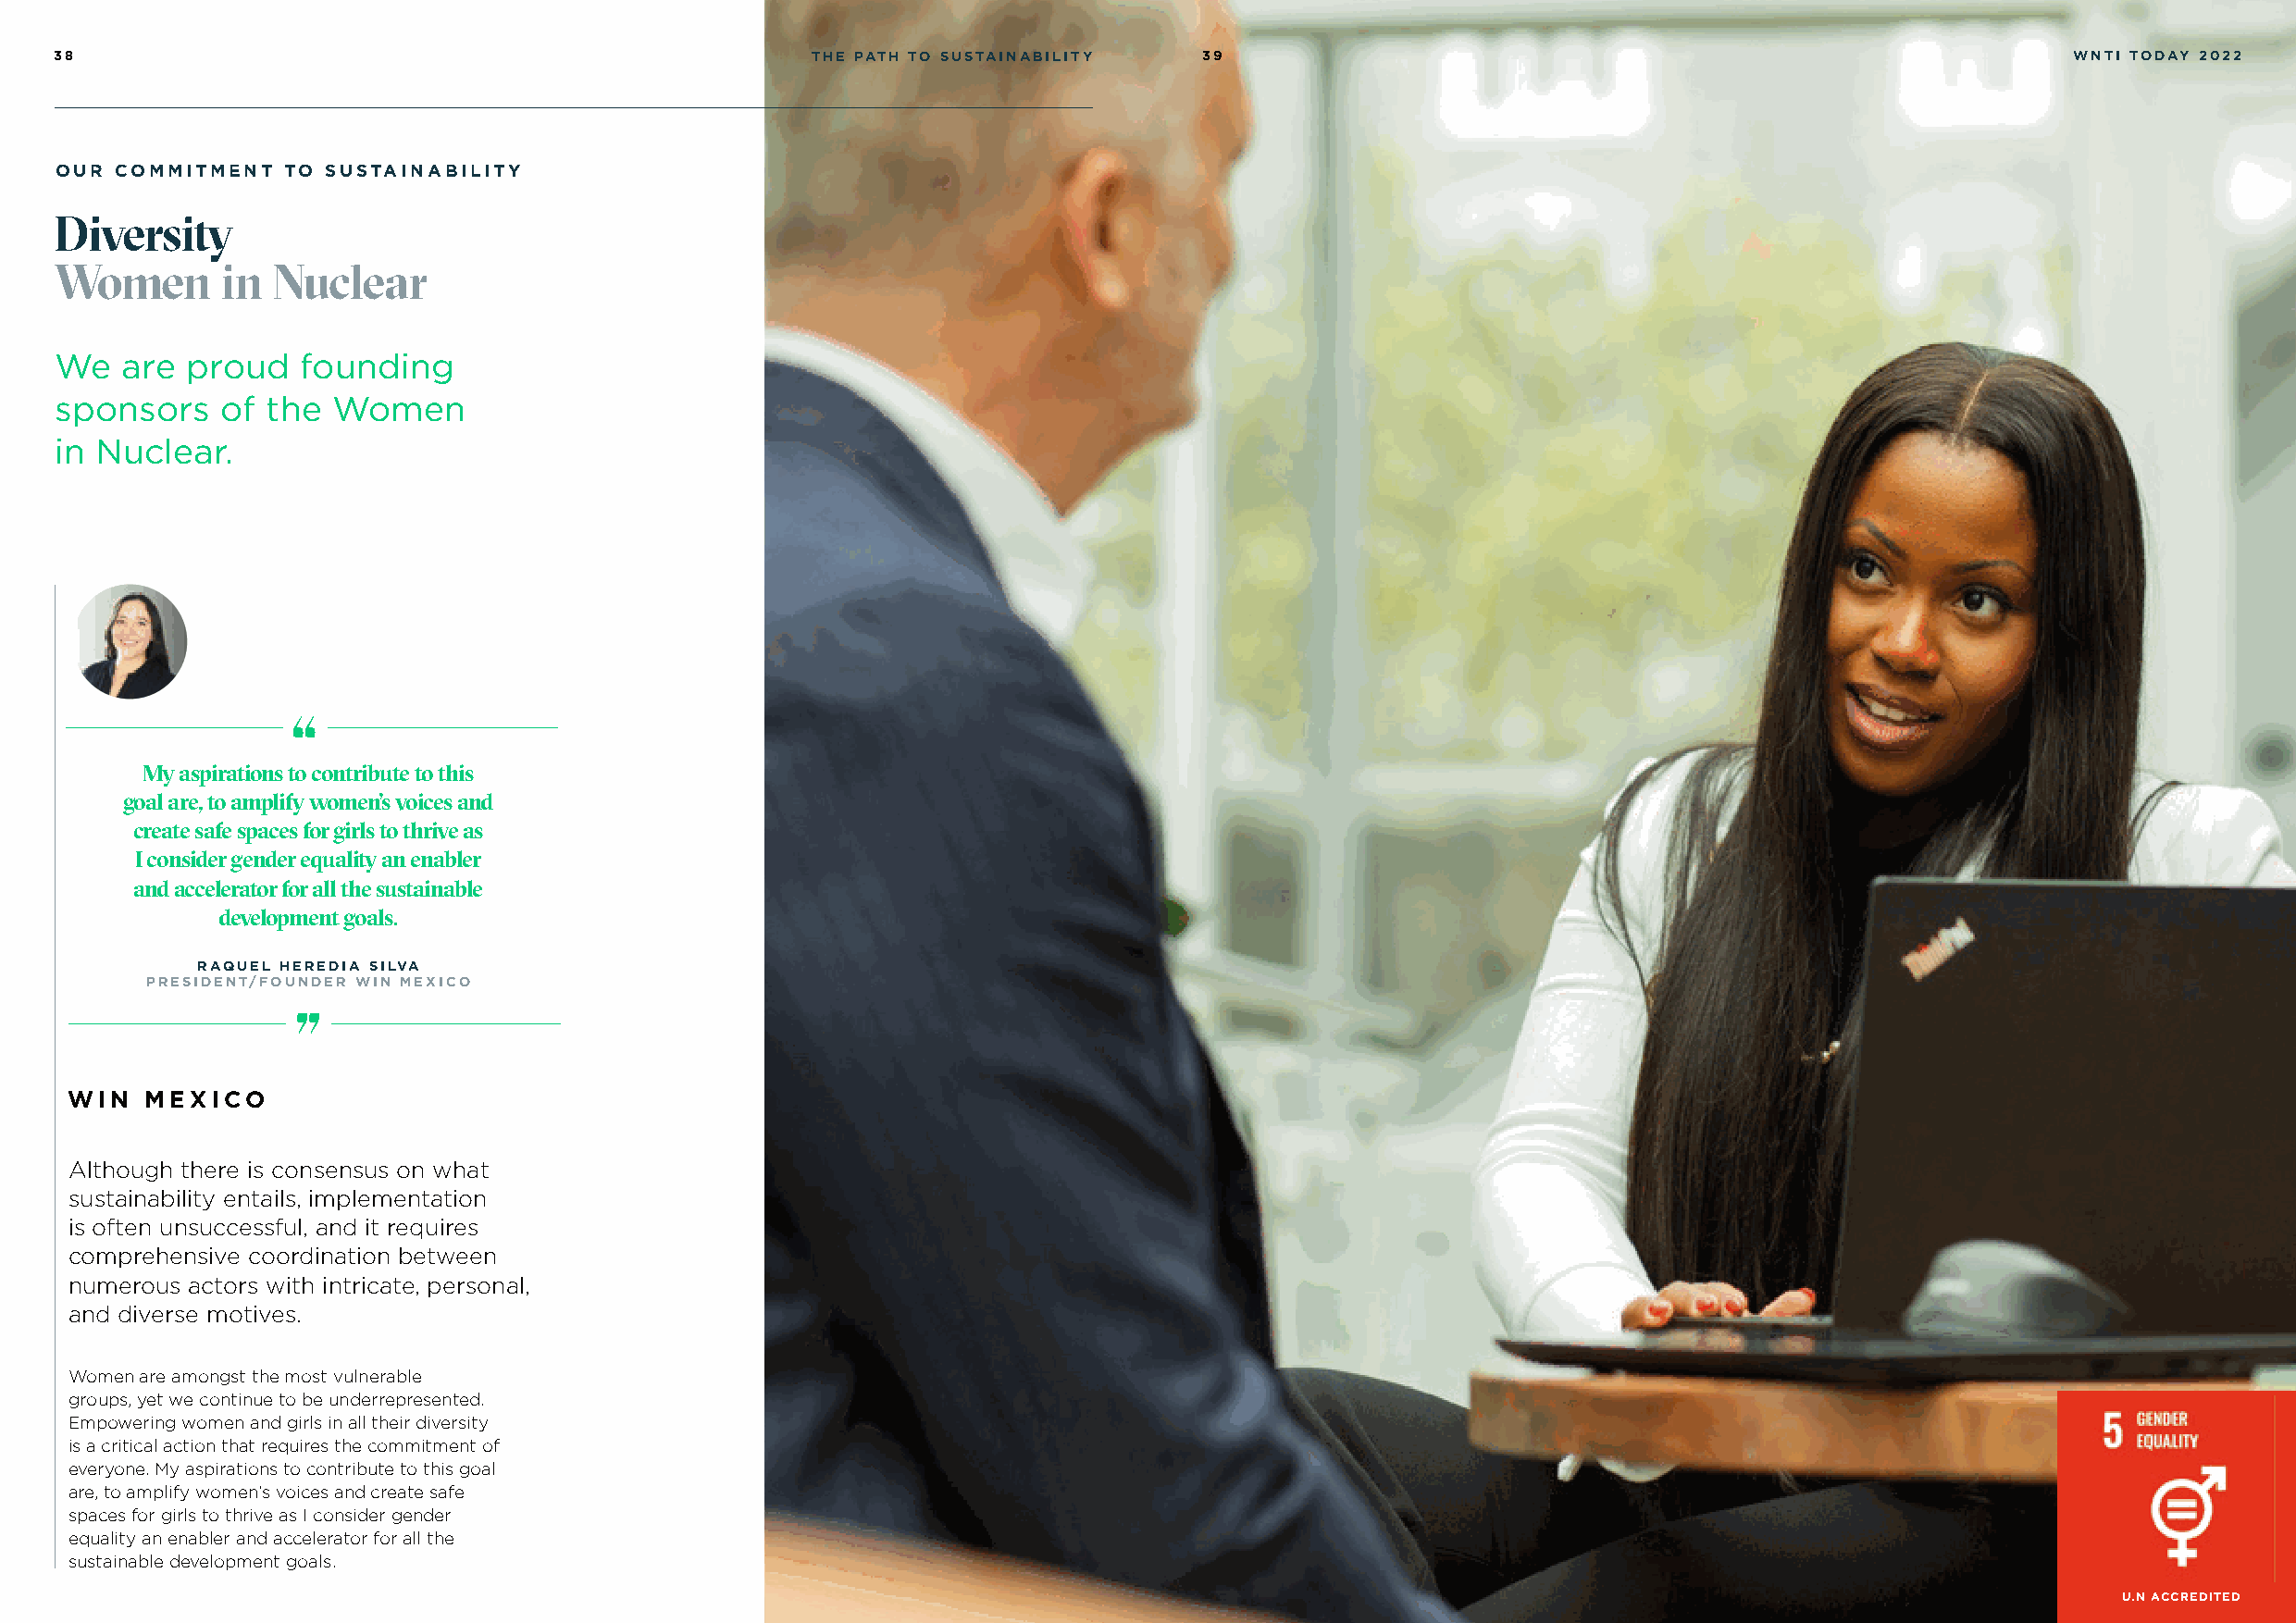
38                                                    THE PATH TO SUSTAINABILITY  39                                                            WNTI TODAY 2022
 OUR COMMITMENT  TO SUSTAINABILITY
 Diversity
 Women       in Nuclear
 We   are proud   founding
 sponsors    of the  Women
 in Nuclear.
 My aspirations to contribute to this
 goal are, to amplify women’s voices and
 create safe spaces for girls to thrive as
 I consider gender equality an enabler
 and accelerator for all the sustainable
 development goals.
 RAQUEL HEREDIA SILVA
 PRESIDENT/FOUNDER WIN MEXICO
 WIN  MEXICO
 Although there is consensus on what
 sustainability entails, implementation
 is often unsuccessful, and it requires
 comprehensive coordination between
 numerous actors with intricate, personal,
 and diverse motives.
 Women are amongst the most vulnerable
 groups, yet we continue to be underrepresented.
 Empowering women and girls in all their diversity
 is a critical action that requires the commitment of
 everyone. My aspirations to contribute to this goal
 are, to amplify women’s voices and create safe
 spaces for girls to thrive as I consider gender
 equality an enabler and accelerator for all the
 sustainable development goals.
 U.N ACCREDITED